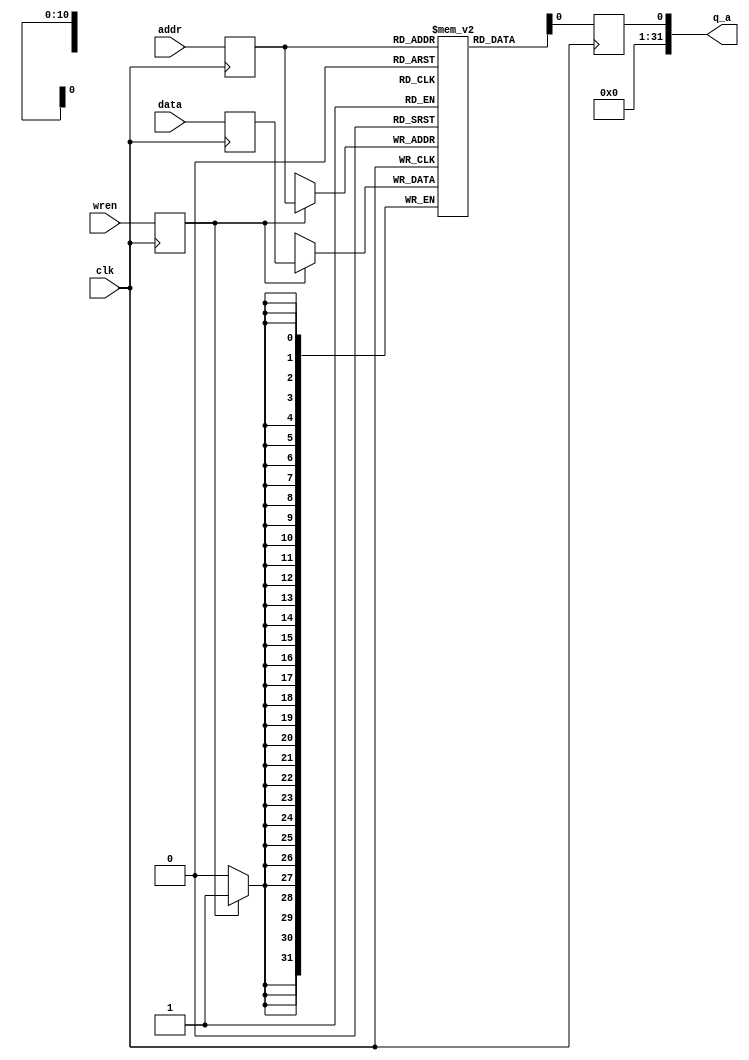
`timescale 1 ps / 1 ps
module ram_monitoring #(
    parameter ID = "NONE",
    parameter LENGTH = 11,
    parameter LENGTH_EXP = 2048,
    parameter WIDTH = 32
) (
    input clk,

    input [LENGTH-1:0] addr,
    input [WIDTH-1:0] data,
    input wren,
    output [WIDTH-1:0] q_a
);

    `ifdef IS_ALTERA
        wire [WIDTH-1:0] sub_wire0;
        assign q_a = sub_wire0[WIDTH-1:0];
        altsyncram altsyncram_component (
                    .address_a(addr),
                    .address_b(),
                    .clock0(clk),
                    .data_a(data),
                    .data_b(),
                    .wren_a(wren),
                    .wren_b(),
                    .q_a(sub_wire0),
                    .q_b(),
                    .aclr0(1'b0),
                    .aclr1(1'b0),
                    .addressstall_a(1'b0),
                    .addressstall_b(1'b0),
                    .byteena_a(1'b1),
                    .byteena_b(1'b1),
                    .clock1(1'b1),
                    .clocken0(1'b1),
                    .clocken1(1'b1),
                    .clocken2(1'b1),
                    .clocken3(1'b1),
                    .eccstatus(),
                    .rden_a(1'b1),
                    .rden_b(1'b1));
        defparam
            altsyncram_component.address_reg_b = "CLOCK0",
            altsyncram_component.clock_enable_input_a = "BYPASS",
            altsyncram_component.clock_enable_input_b = "BYPASS",
            altsyncram_component.clock_enable_output_a = "BYPASS",
            altsyncram_component.clock_enable_output_b = "BYPASS",
            altsyncram_component.indata_reg_b = "CLOCK0",
            altsyncram_component.intended_device_family = "Cyclone V",
		    altsyncram_component.lpm_hint = {"ENABLE_RUNTIME_MOD=YES,INSTANCE_NAME=",ID},
            altsyncram_component.lpm_type = "altsyncram",
            altsyncram_component.numwords_a = LENGTH_EXP,
            altsyncram_component.numwords_b = LENGTH_EXP,
            altsyncram_component.operation_mode = "SINGLE_PORT",
            altsyncram_component.outdata_aclr_a = "NONE",
            altsyncram_component.outdata_aclr_b = "NONE",
            altsyncram_component.outdata_reg_a = "CLOCK0",
            altsyncram_component.outdata_reg_b = "CLOCK0",
            altsyncram_component.power_up_uninitialized = "FALSE",
            altsyncram_component.read_during_write_mode_mixed_ports = "DONT_CARE",
            altsyncram_component.read_during_write_mode_port_a = "NEW_DATA_NO_NBE_READ",
            altsyncram_component.read_during_write_mode_port_b = "NEW_DATA_NO_NBE_READ",
            altsyncram_component.widthad_a = LENGTH,
            altsyncram_component.widthad_b = LENGTH,
            altsyncram_component.width_a = WIDTH,
            altsyncram_component.width_b = WIDTH,
            altsyncram_component.width_byteena_a = 1,
            altsyncram_component.width_byteena_b = 1,
            altsyncram_component.wrcontrol_wraddress_reg_b = "CLOCK0";
    `else
        // Generic RAM's registers and wires
        reg [WIDTH-1:0] mem [(1<<WIDTH)-1:0];
        reg [WIDTH-1:0] data_reg;
        reg [WIDTH-1:0] qout_reg;
        reg [LENGTH-1:0] addr_reg;
        reg wren_reg;

        integer i;
        always @(posedge clk)
        begin
            addr_reg <= addr;
            wren_reg <= wren;
            data_reg <= data;
            if (wren_reg)
                mem[addr_reg] <= data_reg;

            qout_reg <= mem[addr_reg];
        end

        assign q_a = qout_reg[0];
    `endif


endmodule